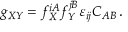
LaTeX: g _ { X Y } = f _ { X } ^ { i A } f _ { Y } ^ { j B } \varepsilon _ { i j } C _ { A B } \, .